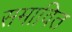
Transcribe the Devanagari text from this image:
समावित